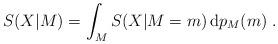
LaTeX: \begin{align*}S(X|M) = \int_M S(X|M=m)\,\mathrm{d}p_M(m)\;.\end{align*}